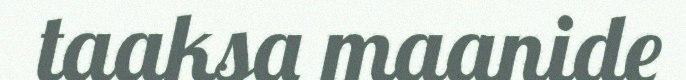
taaksa maanide